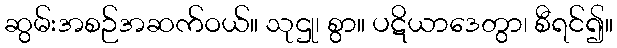
ဆွမ်းအစဉ်အဆက်ဝယ်။ သုဌု၊ စွာ။ ပဋိယာဒေတွာ၊ စီရင်၍။